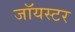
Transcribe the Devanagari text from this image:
जॉयस्टर